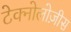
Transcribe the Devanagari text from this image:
टेक्नोलोज़ीस